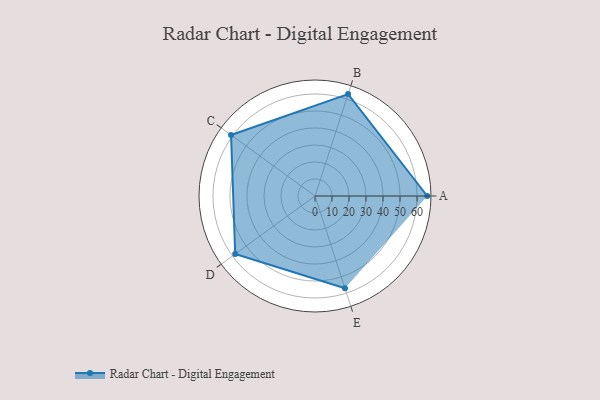
{"axis": {"x": "Skill", "y": "Score"}, "legend": ["Profile"], "data": [{"x": "A", "y": 66.0, "type": "Profile"}, {"x": "B", "y": 63.0, "type": "Profile"}, {"x": "C", "y": 61.0, "type": "Profile"}, {"x": "D", "y": 58.0, "type": "Profile"}, {"x": "E", "y": 57.0, "type": "Profile"}]}